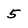
Character: 5